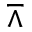
\barwedge